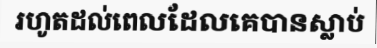
រហូតដល់ពេលដែលគេបានស្លាប់